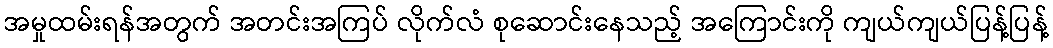
အမှုထမ်းရန်အတွက် အတင်းအကြပ် လိုက်လံ စုဆောင်းနေသည့် အကြောင်းကို ကျယ်ကျယ်ပြန့်ပြန့်